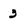
Character: 3